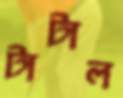
টাটাল